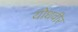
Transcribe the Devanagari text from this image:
योधवीर